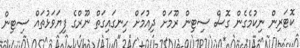
ކޮޓަރިން ނިކުމެގެން ގޮސް ސިޓިން ރޫމަށް ދިއުމަށް ހިނގައިގަތް ނޫރްގެ ފިޔަވަޅުތައް ސިޓިން